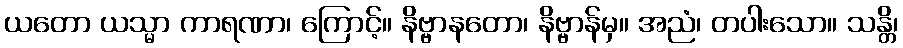
ယတော ယသ္မာ ကာရဏာ၊ ကြောင့်။ နိဗ္ဗာနတော၊ နိဗ္ဗာန်မှ။ အညံ၊ တပါးသော။ သန္တိ၊